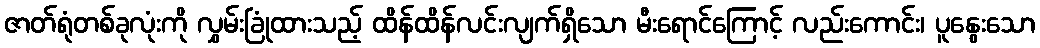
ဇာတ်ရုံတစ်ခုလုံးကို လွှမ်းခြုံထားသည့် ထိန်ထိန်လင်းလျက်ရှိသော မီးရောင်ကြောင့် လည်းကောင်း၊ ပူနွေးသော